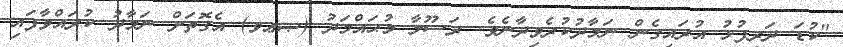
"ކުޑަ ދަރިފުޅު އުރައިގެން ނަމާދުކުރެވިދާނެވެ. ރަސޫލާ މުޙައްމަދު (ޞޢވ) އެގޮތަށް ނަމާދު ކުރައްވާފައި